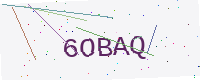
Text: 6OBAQ